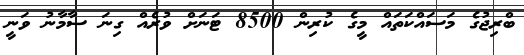
ބްރިޖުގެ މަސައްކަތައް މީގެ ކުރިން 8500 ޓަނަށް ވުރެއް ގިނަ ސާމާނު ވަނީ